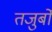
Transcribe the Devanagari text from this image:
तजुर्बों